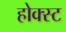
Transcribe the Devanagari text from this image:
होक्स्ट